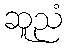
ဆူညံ